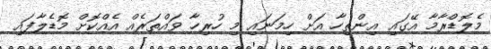
މެލޮޑްރާމާ އޭގައި އިންތިހާ އަށް ހިމަނައި މި ހުރިހާ ވައްތަރެއް އެއްކޮށް މޮޑެލާފައި